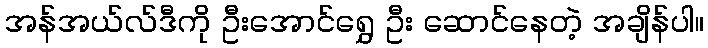
အန်အယ်လ်ဒီကို ဦးအောင်ရွှေ ဦး ဆောင်နေတဲ့ အချိန်ပါ။